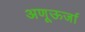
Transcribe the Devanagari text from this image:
अणूऊर्जा